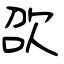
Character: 欩